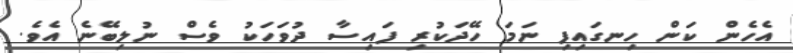
އެހެން ކަން ހިނގައިފި ނަމަ ހޭދަކުރި ފައިސާ ދުވަހަކު ވެސް ނުލިބޭނެ އެވެ.